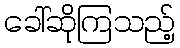
ခေါ်ဆိုကြသည့်